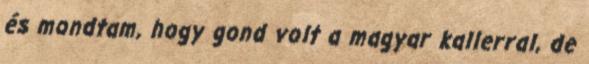
és mondtam, hogy gond volt a magyar kallerral, de